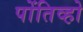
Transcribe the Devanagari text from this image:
पोंतिव्हो